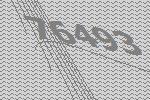
76493